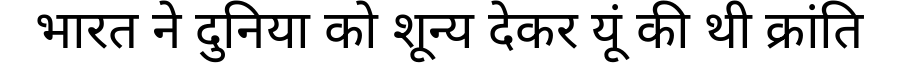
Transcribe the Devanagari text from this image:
भारत ने दुनिया को शून्य देकर यूं की थी क्रांति